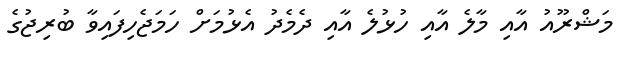
މަޝްރޫއު އާއި މާލެ އާއި ހުޅުލެ އާއި ދެމެދު އެޅުމަށް ހަމަޖެހިފައިވާ ބުރިޖުގެ